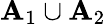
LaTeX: \mathbf{A}_{1}\cup\mathbf{A}_{2}